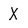
Character: X